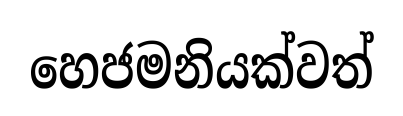
හෙජමනියක්වත්